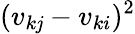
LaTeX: (v_{k\mathit{j}}-v_{ki})^{2}